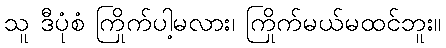
သူ ဒီပုံစံ ကြိုက်ပါ့မလား၊ ကြိုက်မယ်မထင်ဘူး။